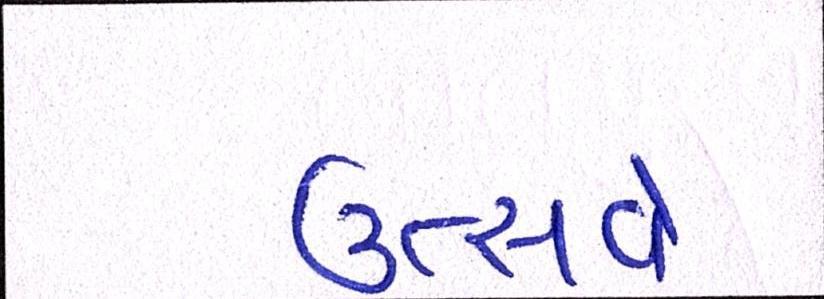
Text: ઉત્સવે